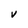
Character: V